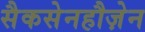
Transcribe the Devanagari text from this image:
सैकसेनहौज़ेन